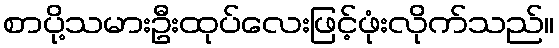
စာပို့သမားဦးထုပ်လေးဖြင့်ဖုံးလိုက်သည်။